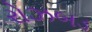
રોઝબડ